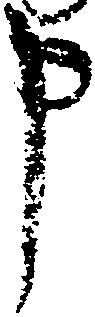
申